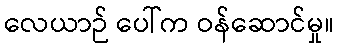
လေယာဉ် ပေါ်က ဝန်ဆောင်မှု။